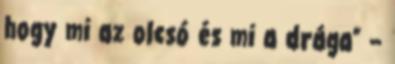
hogy mi az olcsó és mi a drága” –